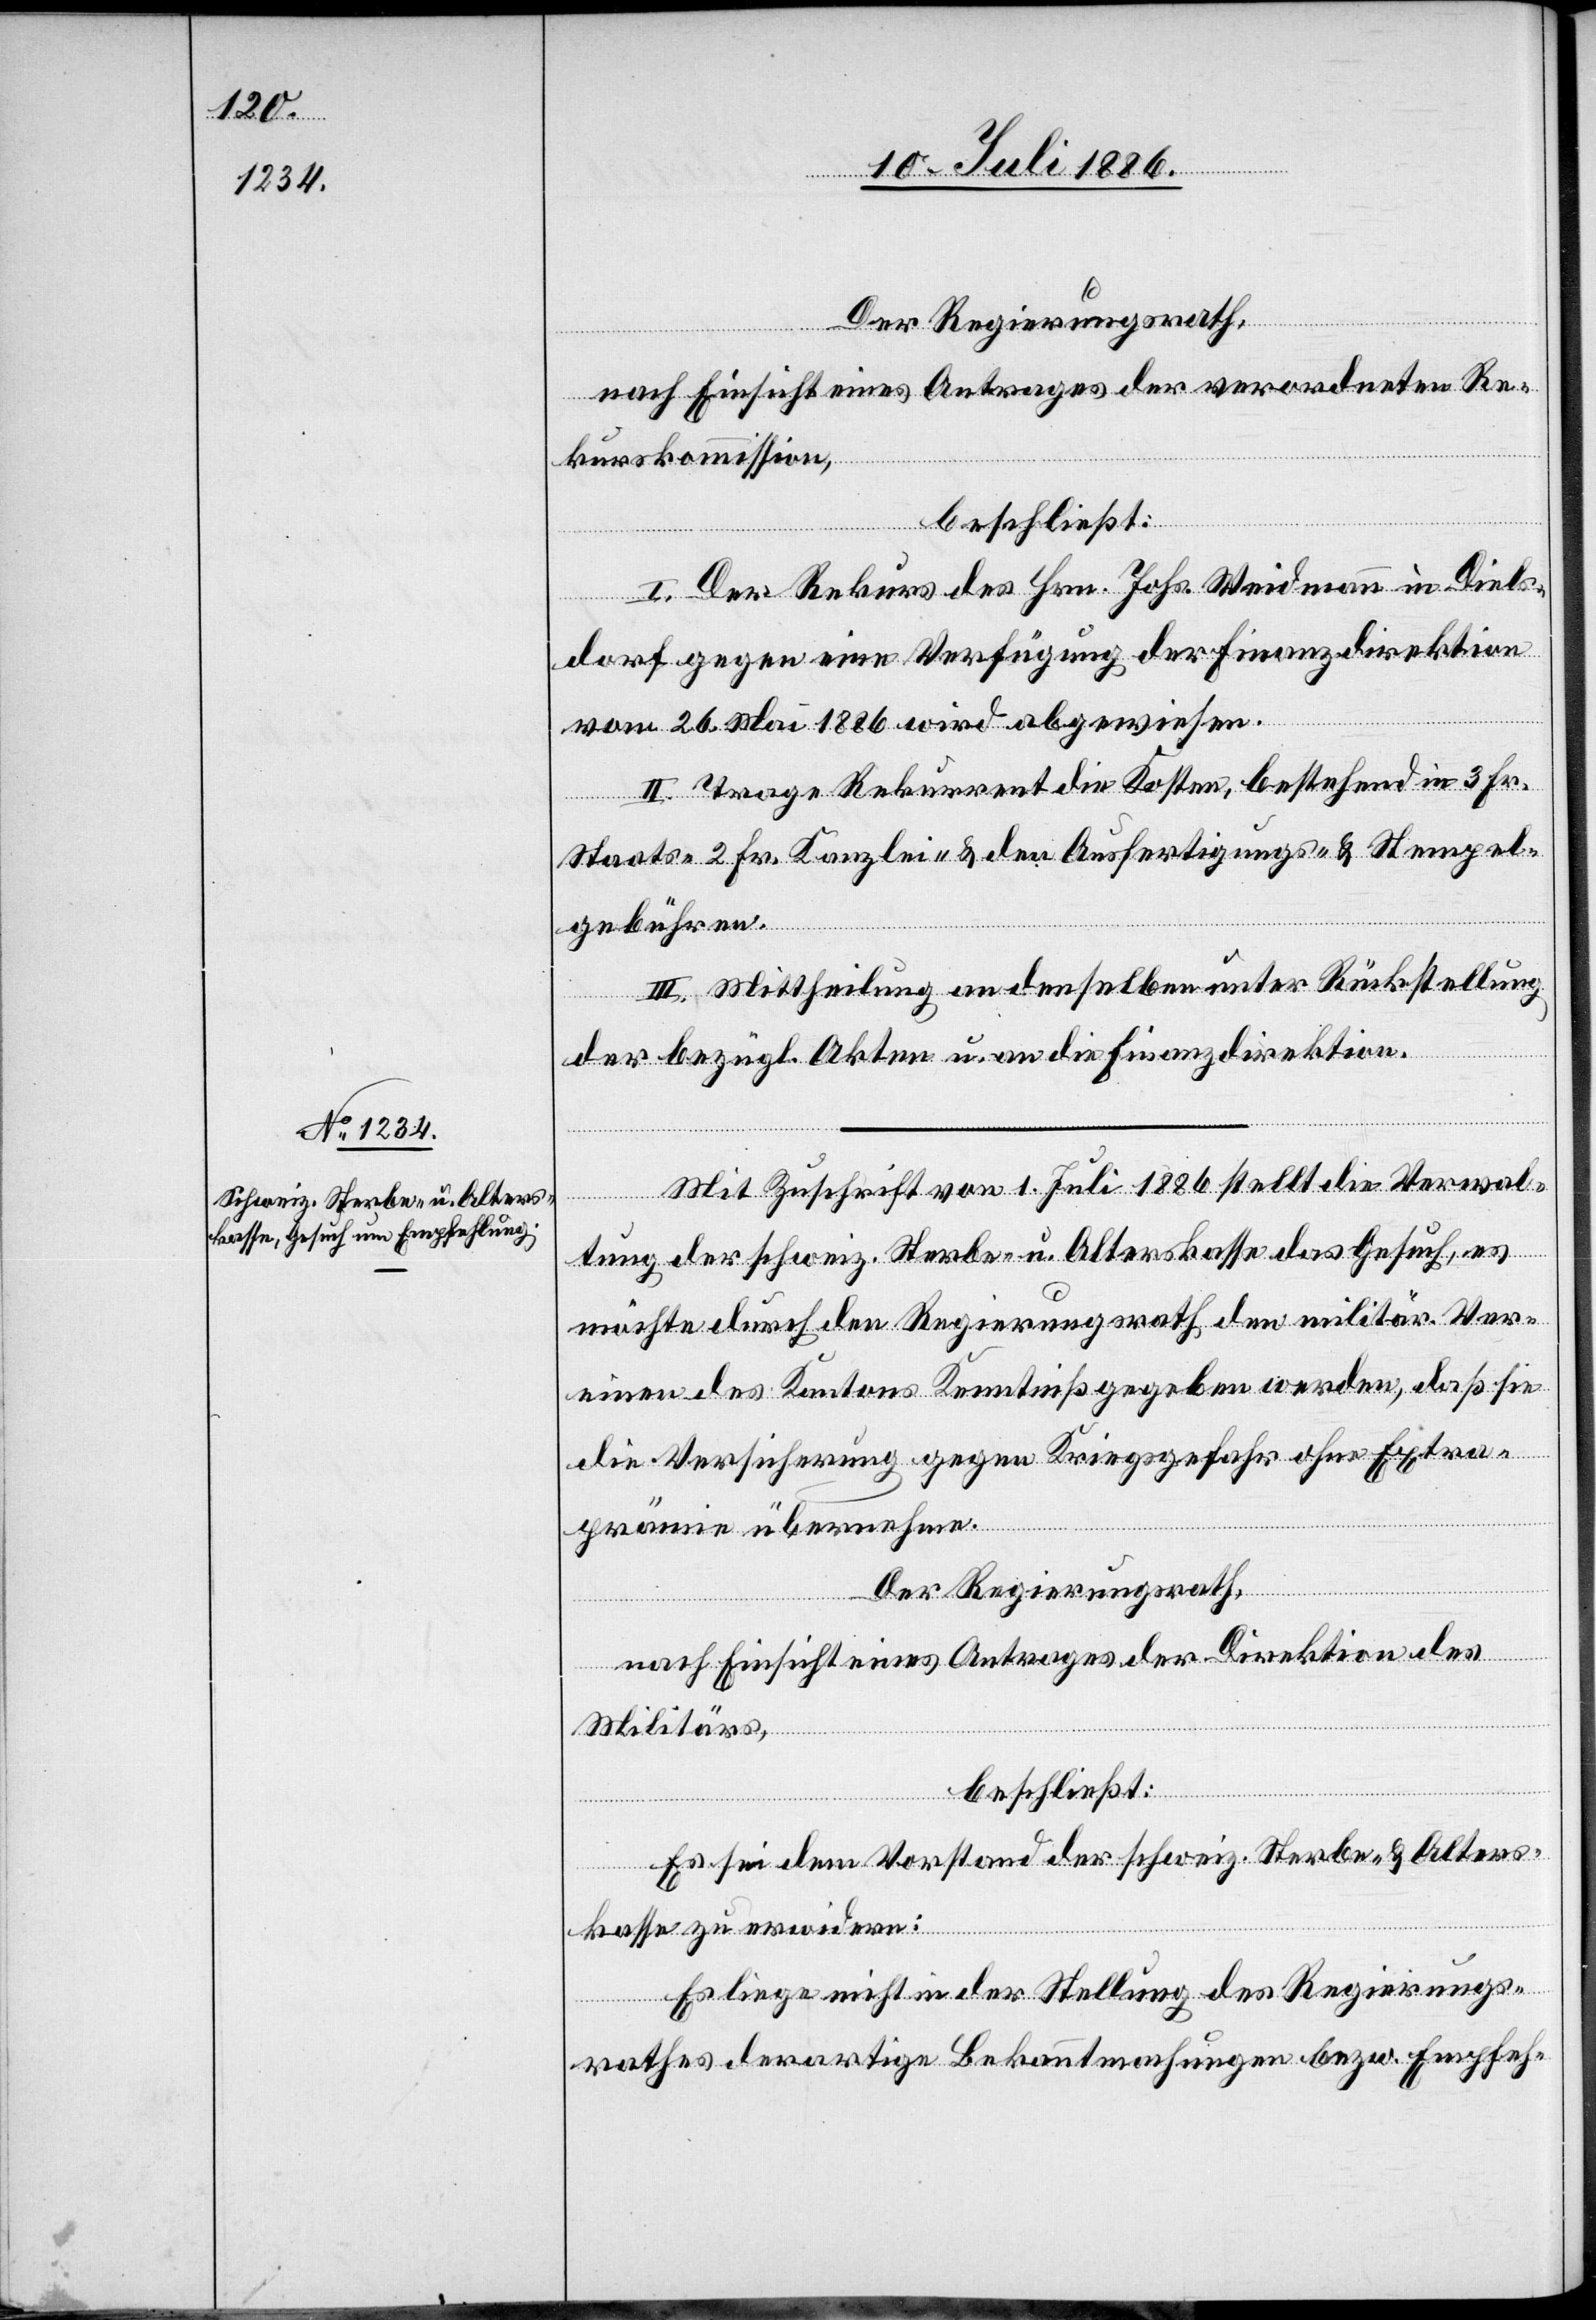
nach Einsicht eines Antrages der verordneten Re¬
kurskommission,
beschließt:
I. Der Rekurs des Hrn. Johs. Weidmann in Diels¬
dorf gegen eine Verfügung der Finanzdirektion
vom 26. Mai 1886 wird abgewiesen.
II. Trage Rekurrent die Kosten, bestehend in 3 Fr.
Staats-, 2 Fr. Kanzlei- & den Ausfertigungs- & Stempel¬
gebühren.
III. Mittheilung an denselben unter Rückstellung
der bezügl. Akten u. an die Finanzdirektion.
Mit Zuschrift vom 1. Juli 1886 stellt die Verwal¬
tung der schweiz. Sterbe- u. Alterskasse das Gesuch, es
möchte durch den Regierungsrath den militär. Ver¬
einen des Kantons Kenntniß gegeben werden, daß sie
die Versicherung gegen Kriegsgefahr ohne Extra¬
prämie übernehme.
Der Regierungsrath,
nach Einsicht eines Antrages der Direktion des
Militärs,
beschließt:
Es sei dem Vorstand der schweiz. Sterbe- & Alters¬
kasse zu erwiedern:
Es liege nicht in der Stellung des Regierungs¬
rathes derartige Bekanntmachungen bezw. Empfeh-